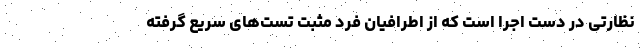
نظارتی در دست اجرا است که از اطرافیان فرد مثبت تست‌های سریع گرفته